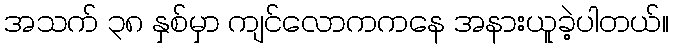
အသက် ၃၈ နှစ်မှာ ကျင်လောကကနေ အနားယူခဲ့ပါတယ်။